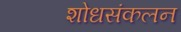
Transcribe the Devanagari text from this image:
शोधसंकलन